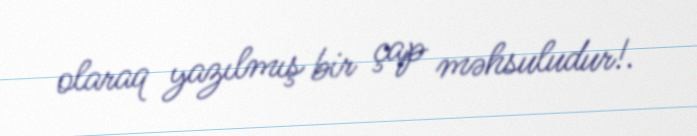
olaraq yazılmış bir çap məhsuludur!.